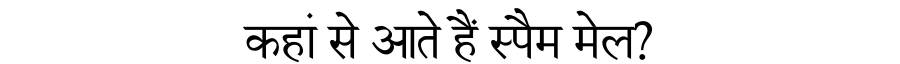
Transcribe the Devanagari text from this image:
कहां से आते हैं स्पैम मेल?